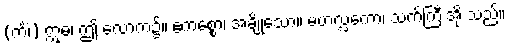
(ကိံ၊) ဣဓ၊ ဤ လောက၌။ ဧကစ္စော၊ အချို့သော။ မဟလ္လကော၊ သက်ကြီးအို သည်။